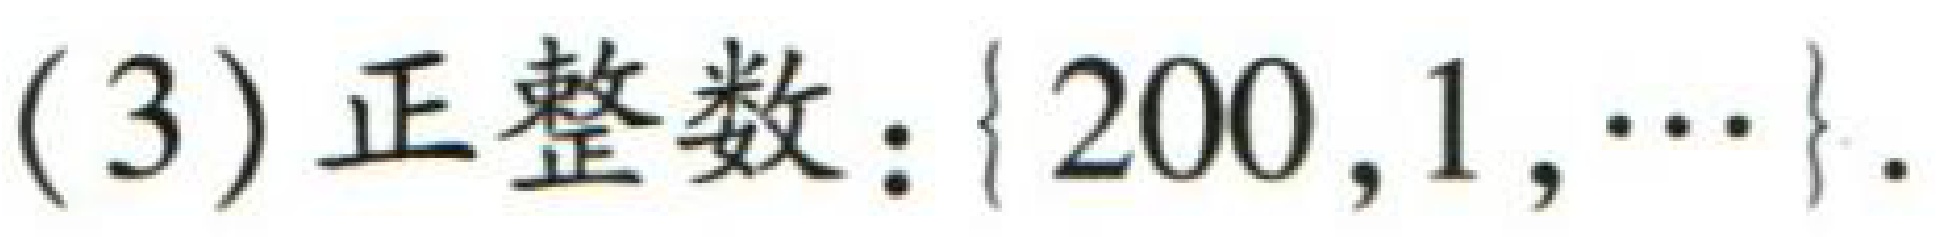
(3) 正整数：$\{200,1,\cdots\}$.